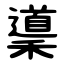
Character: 䆃